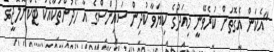
"އެކަން އެގޮތަށް ކުރެވޭނީ މިއަދުގެ ކިޔަވާ ކުދިން ސައިންސްގެ އާ ހޯދުންތަކާއެކު ޓެކްނޮލޮޖީގެ